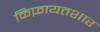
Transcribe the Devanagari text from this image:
किफ़ायतशार